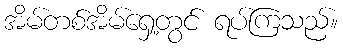
အိမ်တစ်အိမ်ရှေ့တွင် ရပ်ကြသည်။